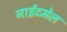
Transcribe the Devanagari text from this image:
नाईटमेल